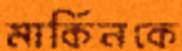
মার্কিনকে